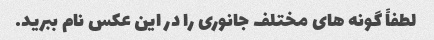
لطفاً گونه های مختلف جانوری را در این عکس نام ببرید.